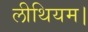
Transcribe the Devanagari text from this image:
लीथियम।